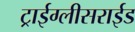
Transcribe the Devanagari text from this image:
ट्राईग्लीसराईड